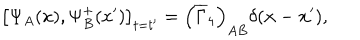
LaTeX: \left[ \Psi _ { A } ( x ) , \Psi _ { B } ^ { + } ( x ^ { \prime } ) \right] _ { t = t ^ { \prime } } = \left( \overline { { { \Gamma } } } _ { 4 } \right) _ { A B } \delta ( \mathbf { x } - \mathbf { x } ^ { \prime } ) ,